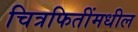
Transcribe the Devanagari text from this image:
चित्रफितींमधील